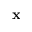
\mathbf { x }